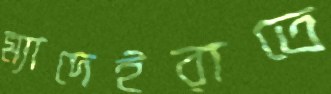
ম্যাদেইরাতে